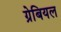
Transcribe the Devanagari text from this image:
ग्रेबियल